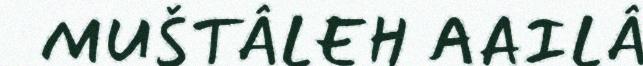
MUŠTÂLEH AAILÂ